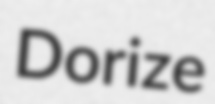
Dorize